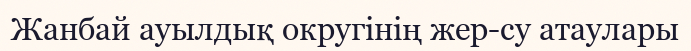
Жанбай ауылдық округінің жер-су атаулары